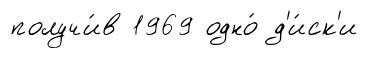
получи́в 1969 одно́ д'и́ск'и